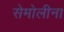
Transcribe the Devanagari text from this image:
सेमोलीना